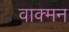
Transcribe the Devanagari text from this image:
वाक्मन